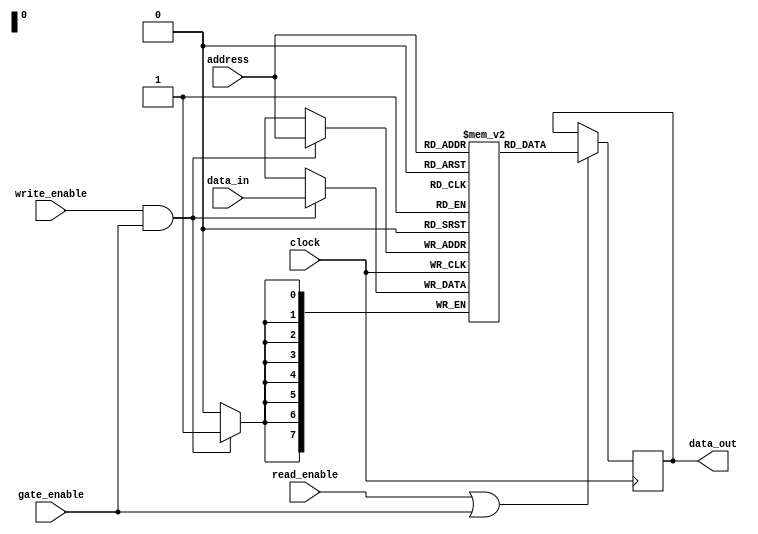
module dual_port_ram (
    input [7:0] data_in,
    input [7:0] address,
    input write_enable,
    input read_enable,
    input gate_enable,
    input clock,
    output reg [7:0] data_out
);

reg [7:0] memory [0:255];

always @(posedge clock) begin
    if(write_enable && gate_enable) begin
       memory[address] <= data_in;
    end
    if(read_enable || gate_enable) begin
       data_out <= memory[address];
    end
end

endmodule